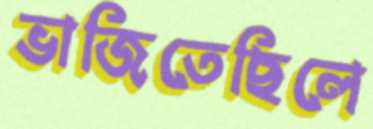
ভাজিতেছিলে